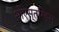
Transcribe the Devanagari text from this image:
शोएस्त्रिङ्स्